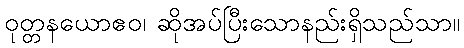
ဝုတ္တနယောဧဝ၊ ဆိုအပ်ပြီးသောနည်းရှိသည်သာ။